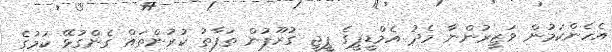
އެހެންކަމުން ވަޒީރުންނާ މެދު އެމްޑީޕީގެ ޕީޖީ ގުރޫޕުން ތަފާތު ކުރުންތައް ގެންގުޅޭ ކަމުގެ